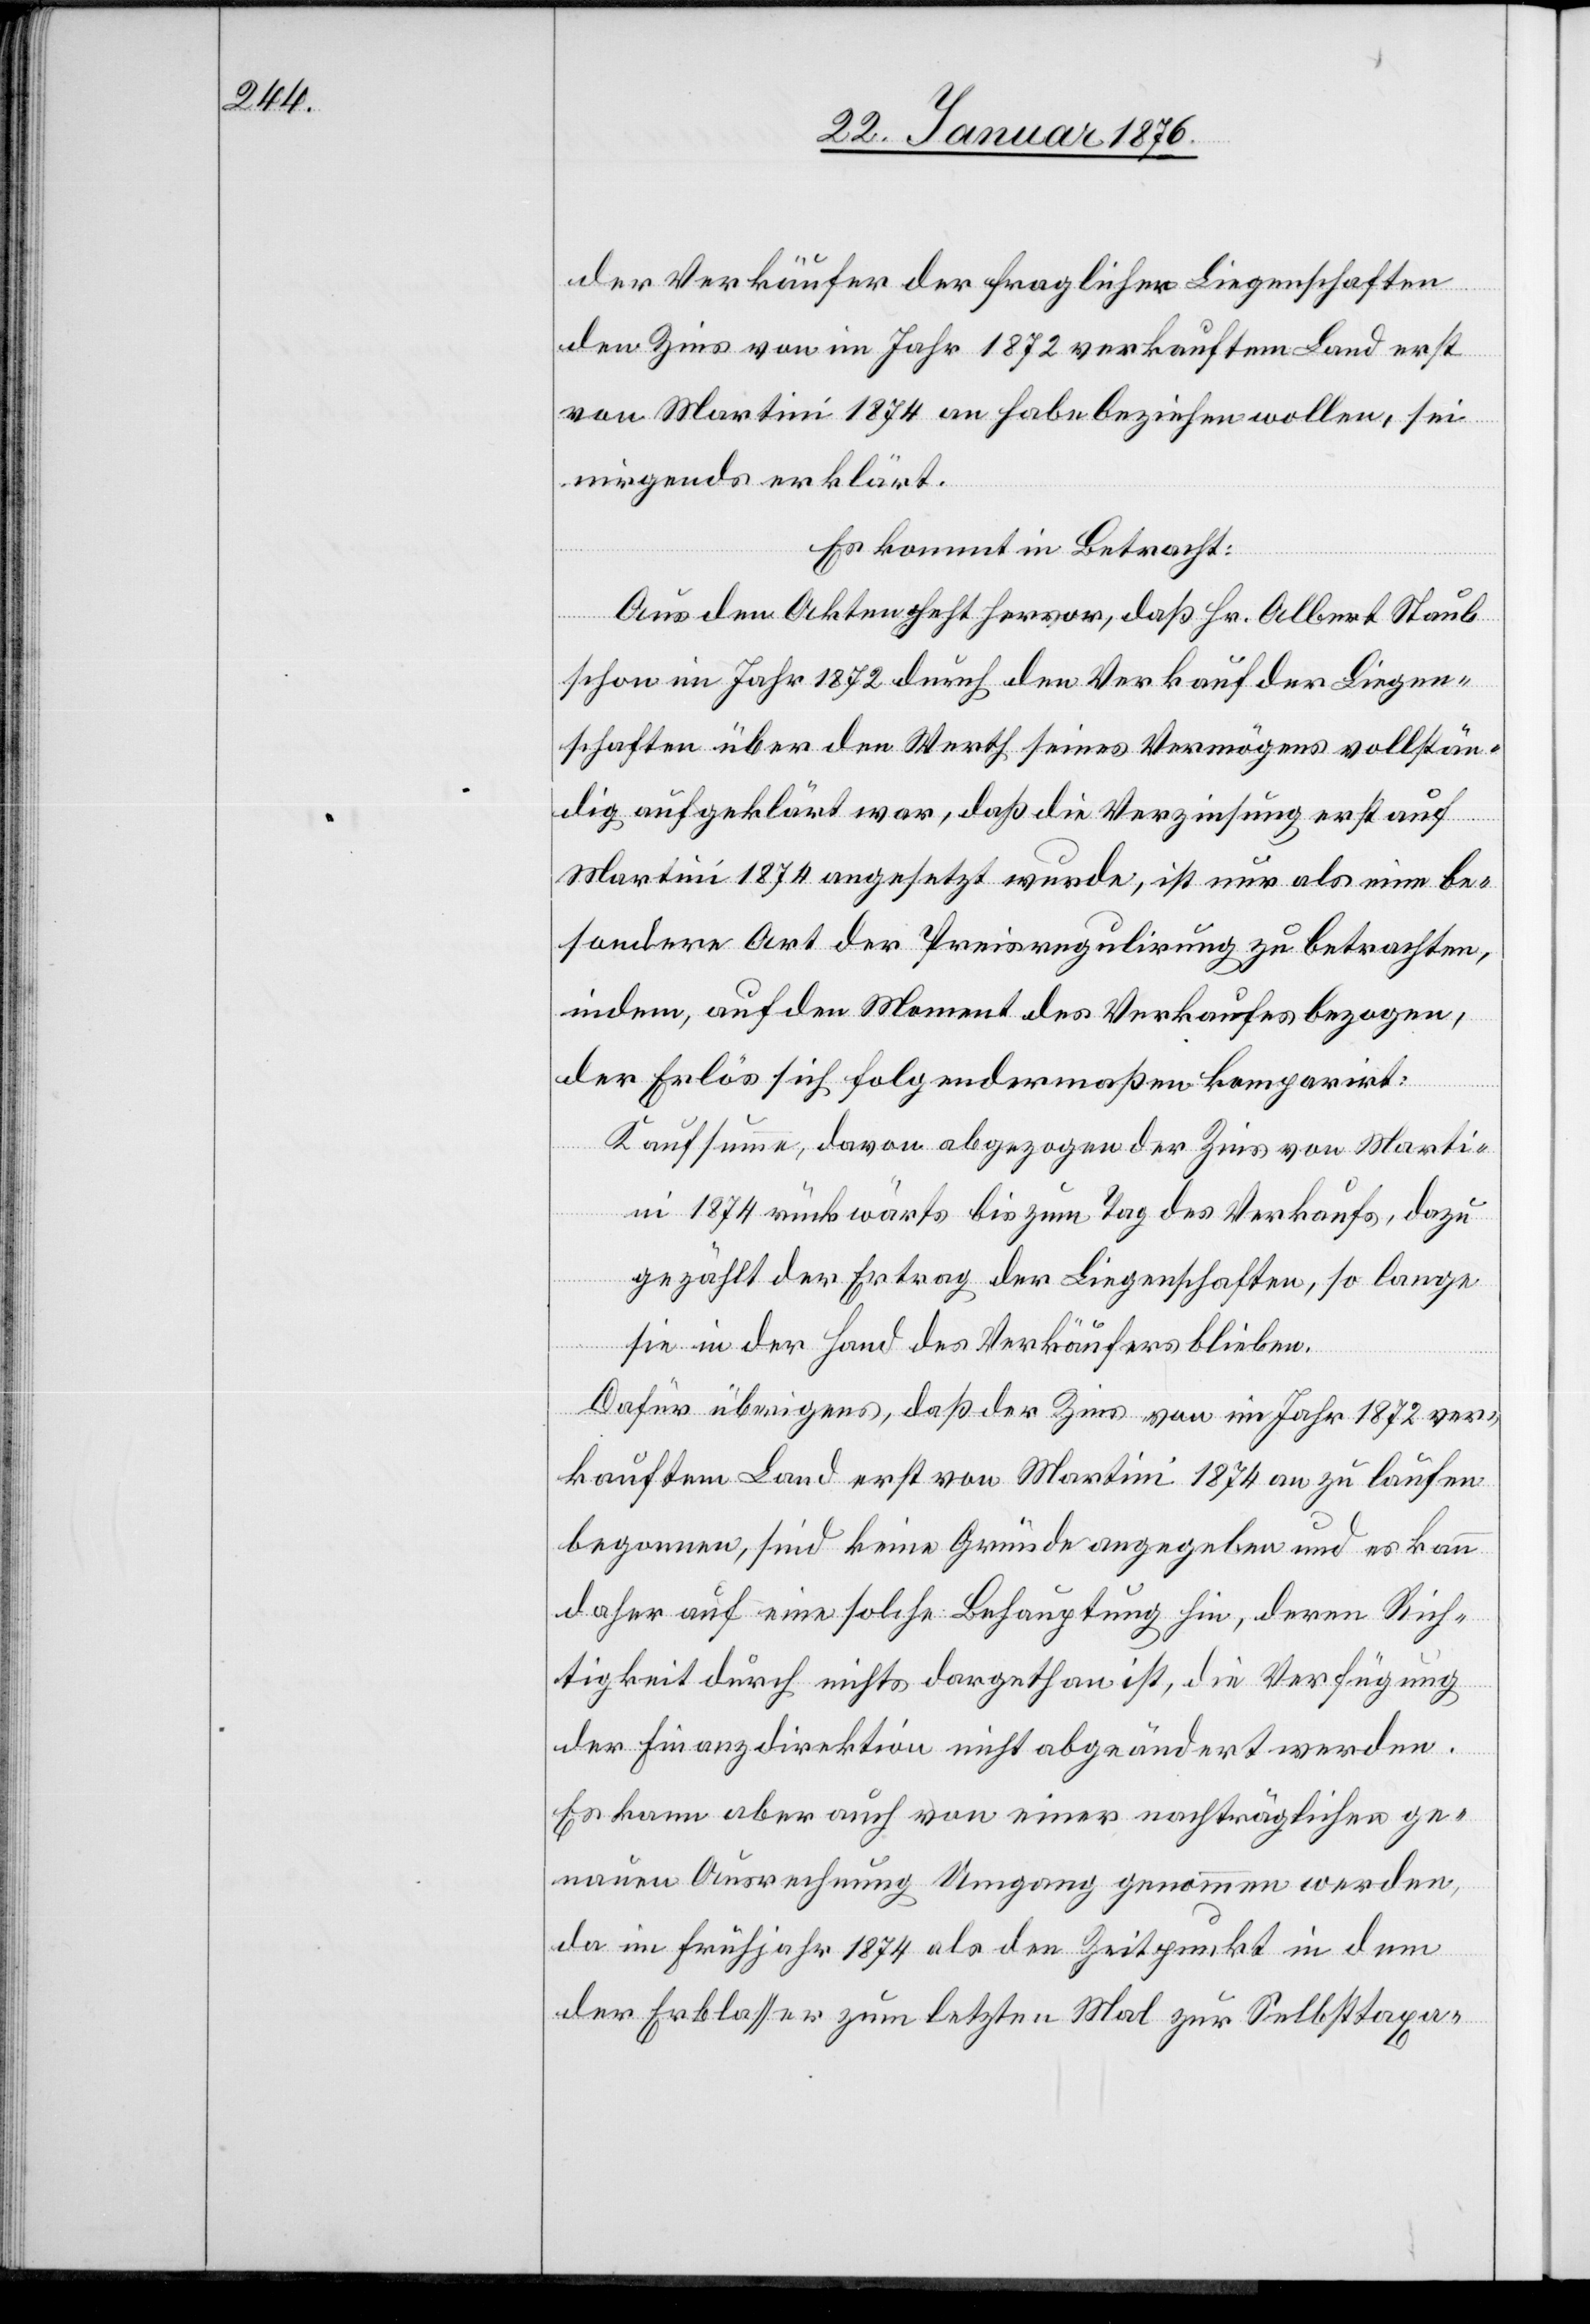
der Verkäufer der fraglichen Liegenschaften
den Zins von im Jahr 1872 verkauftem Land erst
von Martini 1874 an habe beziehen wollen, sei
nirgends erklärt.
Es kommt in Betracht:
Aus den Akten geht hervor, daß Hr. Albert Staub
schon im Jahr 1872 durch den Verkauf der Liegen¬
schaften über den Werth seines Vermögens vollstän¬
dig aufgeklärt war, daß die Verzinsung erst auf
Martini 1874 angesetzt wurde, ist nur als eine be¬
sondere Art der Preisregulirung zu betrachten,
indem, auf den Moment des Verkaufes bezogen,
der Erlöß sich folgendermaßen komparirt:
Kaufsumme, davon abgezogen der Zins von Marti¬
ni 1874 rückwärts bis zum Tag des Verkaufs, dazu
gezählt der Ertrag der Liegenschaften, so lange
sie in der Hand des Verkäufers blieben.
Dafür übrigens, daß der Zins von im Jahr 1872 ver¬
kauftem Land erst von Martini 1874 an zu laufen
begonnen, sind keine Gründe angegeben und es kann
daher auf eine solche Behauptung hin, deren Rich¬
tigkeit durch nichts dargethan ist, die Verfügung
der Finanzdirektion nicht abgeändert werden.
Es kann aber auch von einer nachträglichen ge¬
nauen Ausrechnung Umgang genommen werden,
da im Frühjahr 1874 als den Zeitpunkt in dem
der Erblasser zum letzten Mal zur Selbsttaxa-